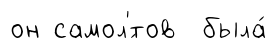
он самол'́тов была́